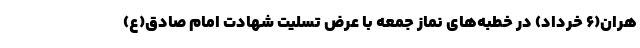
هران(6 خرداد) در خطبه‌های نماز جمعه با عرض تسلیت شهادت امام صادق(ع)